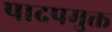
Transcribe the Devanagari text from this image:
पादपमुक्त